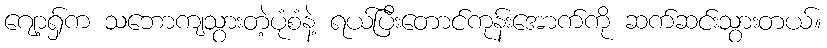
ဂျော့ရှ်က သဘောကျသွားတဲ့ပုံစံနဲ့ ရယ်ပြီးတောင်ကုန်းအောက်ကို ဆက်ဆင်းသွားတယ်။